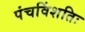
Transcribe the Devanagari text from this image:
पंचविंशतिः